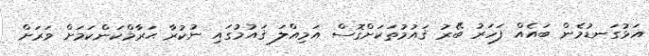
އަޅުގަނޑުމެން ބައެއް ފަހަރު ބޭރު ޤައުމުތަކަށްގޮސް އަމިއްލަ ޤައުމުގައި ނުކުރާ ޙަރާމްކަންކަމަށް ވަރަށް